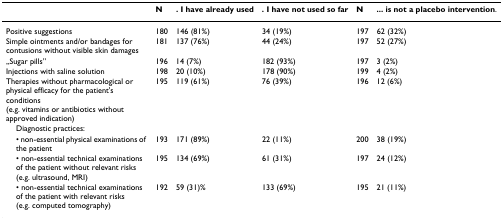
|  | N | . I have already used | . I have not used so far | N | ... is not a placebo intervention. |
 | --- | --- | --- | --- | --- | --- |
 | Positive suggestions | 180 | 146 (81%) | 34 (19%) | 197 | 62 (32%) |
 | Simple ointments and/or bandages for contusions without visible skin damages | 181 | 137 (76%) | 44 (24%) | 197 | 52 (27%) |
 | „Sugar pills” | 196 | 14 (7%) | 182 (93%) | 197 | 3 (2%) |
 | Injections with saline solution | 198 | 20 (10%) | 178 (90%) | 199 | 4 (2%) |
 | Therapies without pharmacological or physical efficacy for the patient's conditions (e.g. vitamins or antibiotics without approved indication) | 195 | 119 (61%) | 76 (39%) | 196 | 12 (6%) |
 | Diagnostic practices: |  |  |  |  |  |
 | • non-essential physical examinations of the patient | 193 | 171 (89%) | 22 (11%) | 200 | 38 (19%) |
 | • non-essential technical examinations of the patient without relevant risks (e.g. ultrasound, MRI) | 195 | 134 (69%) | 61 (31%) | 197 | 24 (12%) |
 | • non-essential technical examinations of the patient with relevant risks (e.g. computed tomography) | 192 | 59 (31)% | 133 (69%) | 195 | 21 (11%) |